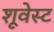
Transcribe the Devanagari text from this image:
शूवेस्ट